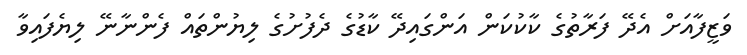
ވަޒީފާއަށް އެދޭ ފަރާތުގެ ކާކުކަން އަންގައިދޭ ކާޑުގެ ދެފުށުގެ ލިޔުންތައް ފެންނާނޭ ލިޔެފައިވާ